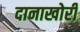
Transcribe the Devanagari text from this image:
दानाखोरी